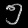
Digit: ၅